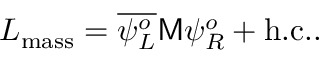
{ \cal L } _ { \mathrm { m a s s } } = \overline { { { \psi _ { L } ^ { o } } } } { \sf M } \psi _ { R } ^ { o } + \mathrm { h . c . . }